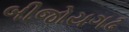
બીજોયગઢ